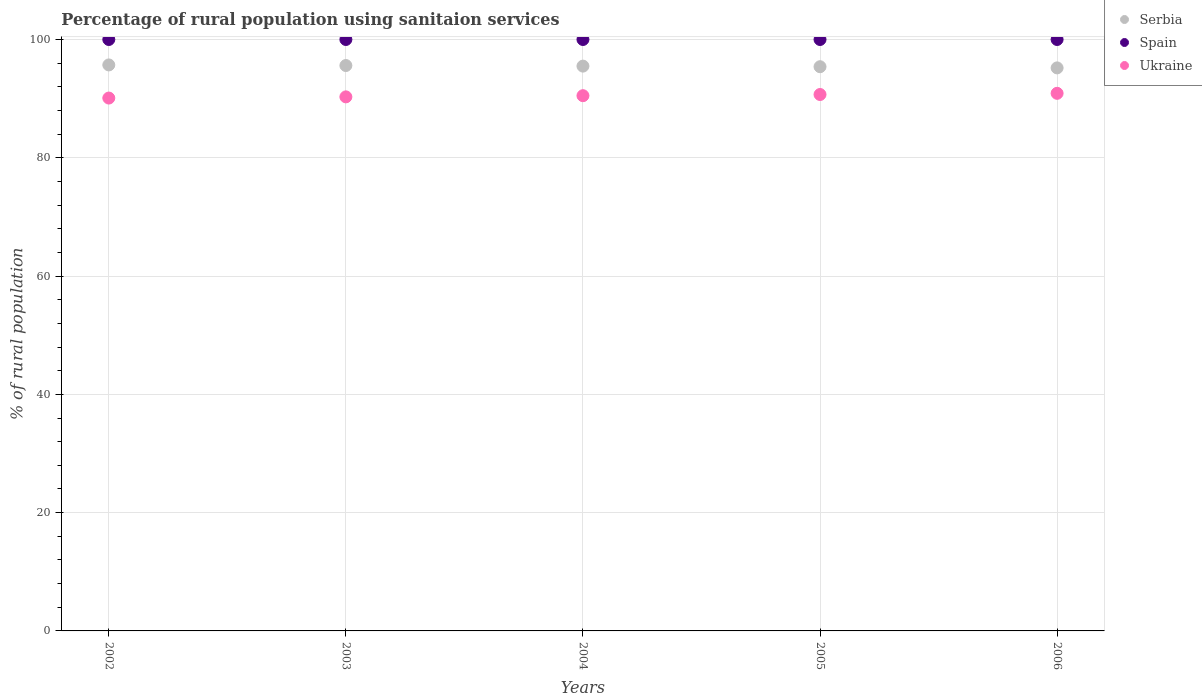
| Years | Serbia | Spain | Ukraine |
 | --- | --- | --- | --- |
 | 2002 | 95.7 | 100 | 90.1 |
 | 2003 | 95.6 | 100 | 90.3 |
 | 2004 | 95.5 | 100 | 90.5 |
 | 2005 | 95.4 | 100 | 90.7 |
 | 2006 | 95.2 | 100 | 90.9 |